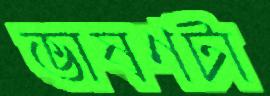
ভাষণটা